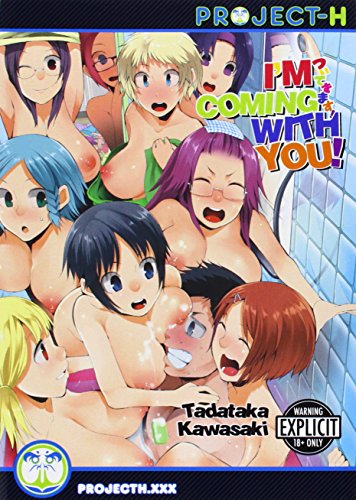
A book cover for I'm Coming With You! (Hentai Manga); Tadataka Kawasaki; Comics & Graphic Novels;